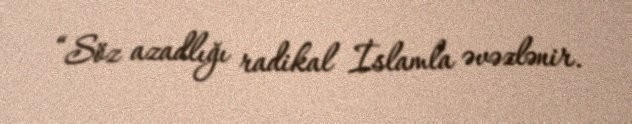
“Söz azadlığı radikal İslamla əvəzlənir.